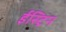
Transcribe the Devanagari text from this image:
ईस्ट्रिन